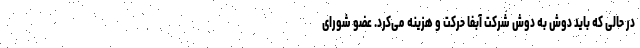
در حالی که باید دوش به دوش شرکت آبفا حرکت و هزینه می‌کرد. عضو شورای